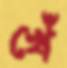
খেঁ